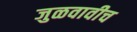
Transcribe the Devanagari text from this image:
जुळवावीच